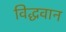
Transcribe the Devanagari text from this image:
विद्धवान